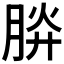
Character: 𣍹